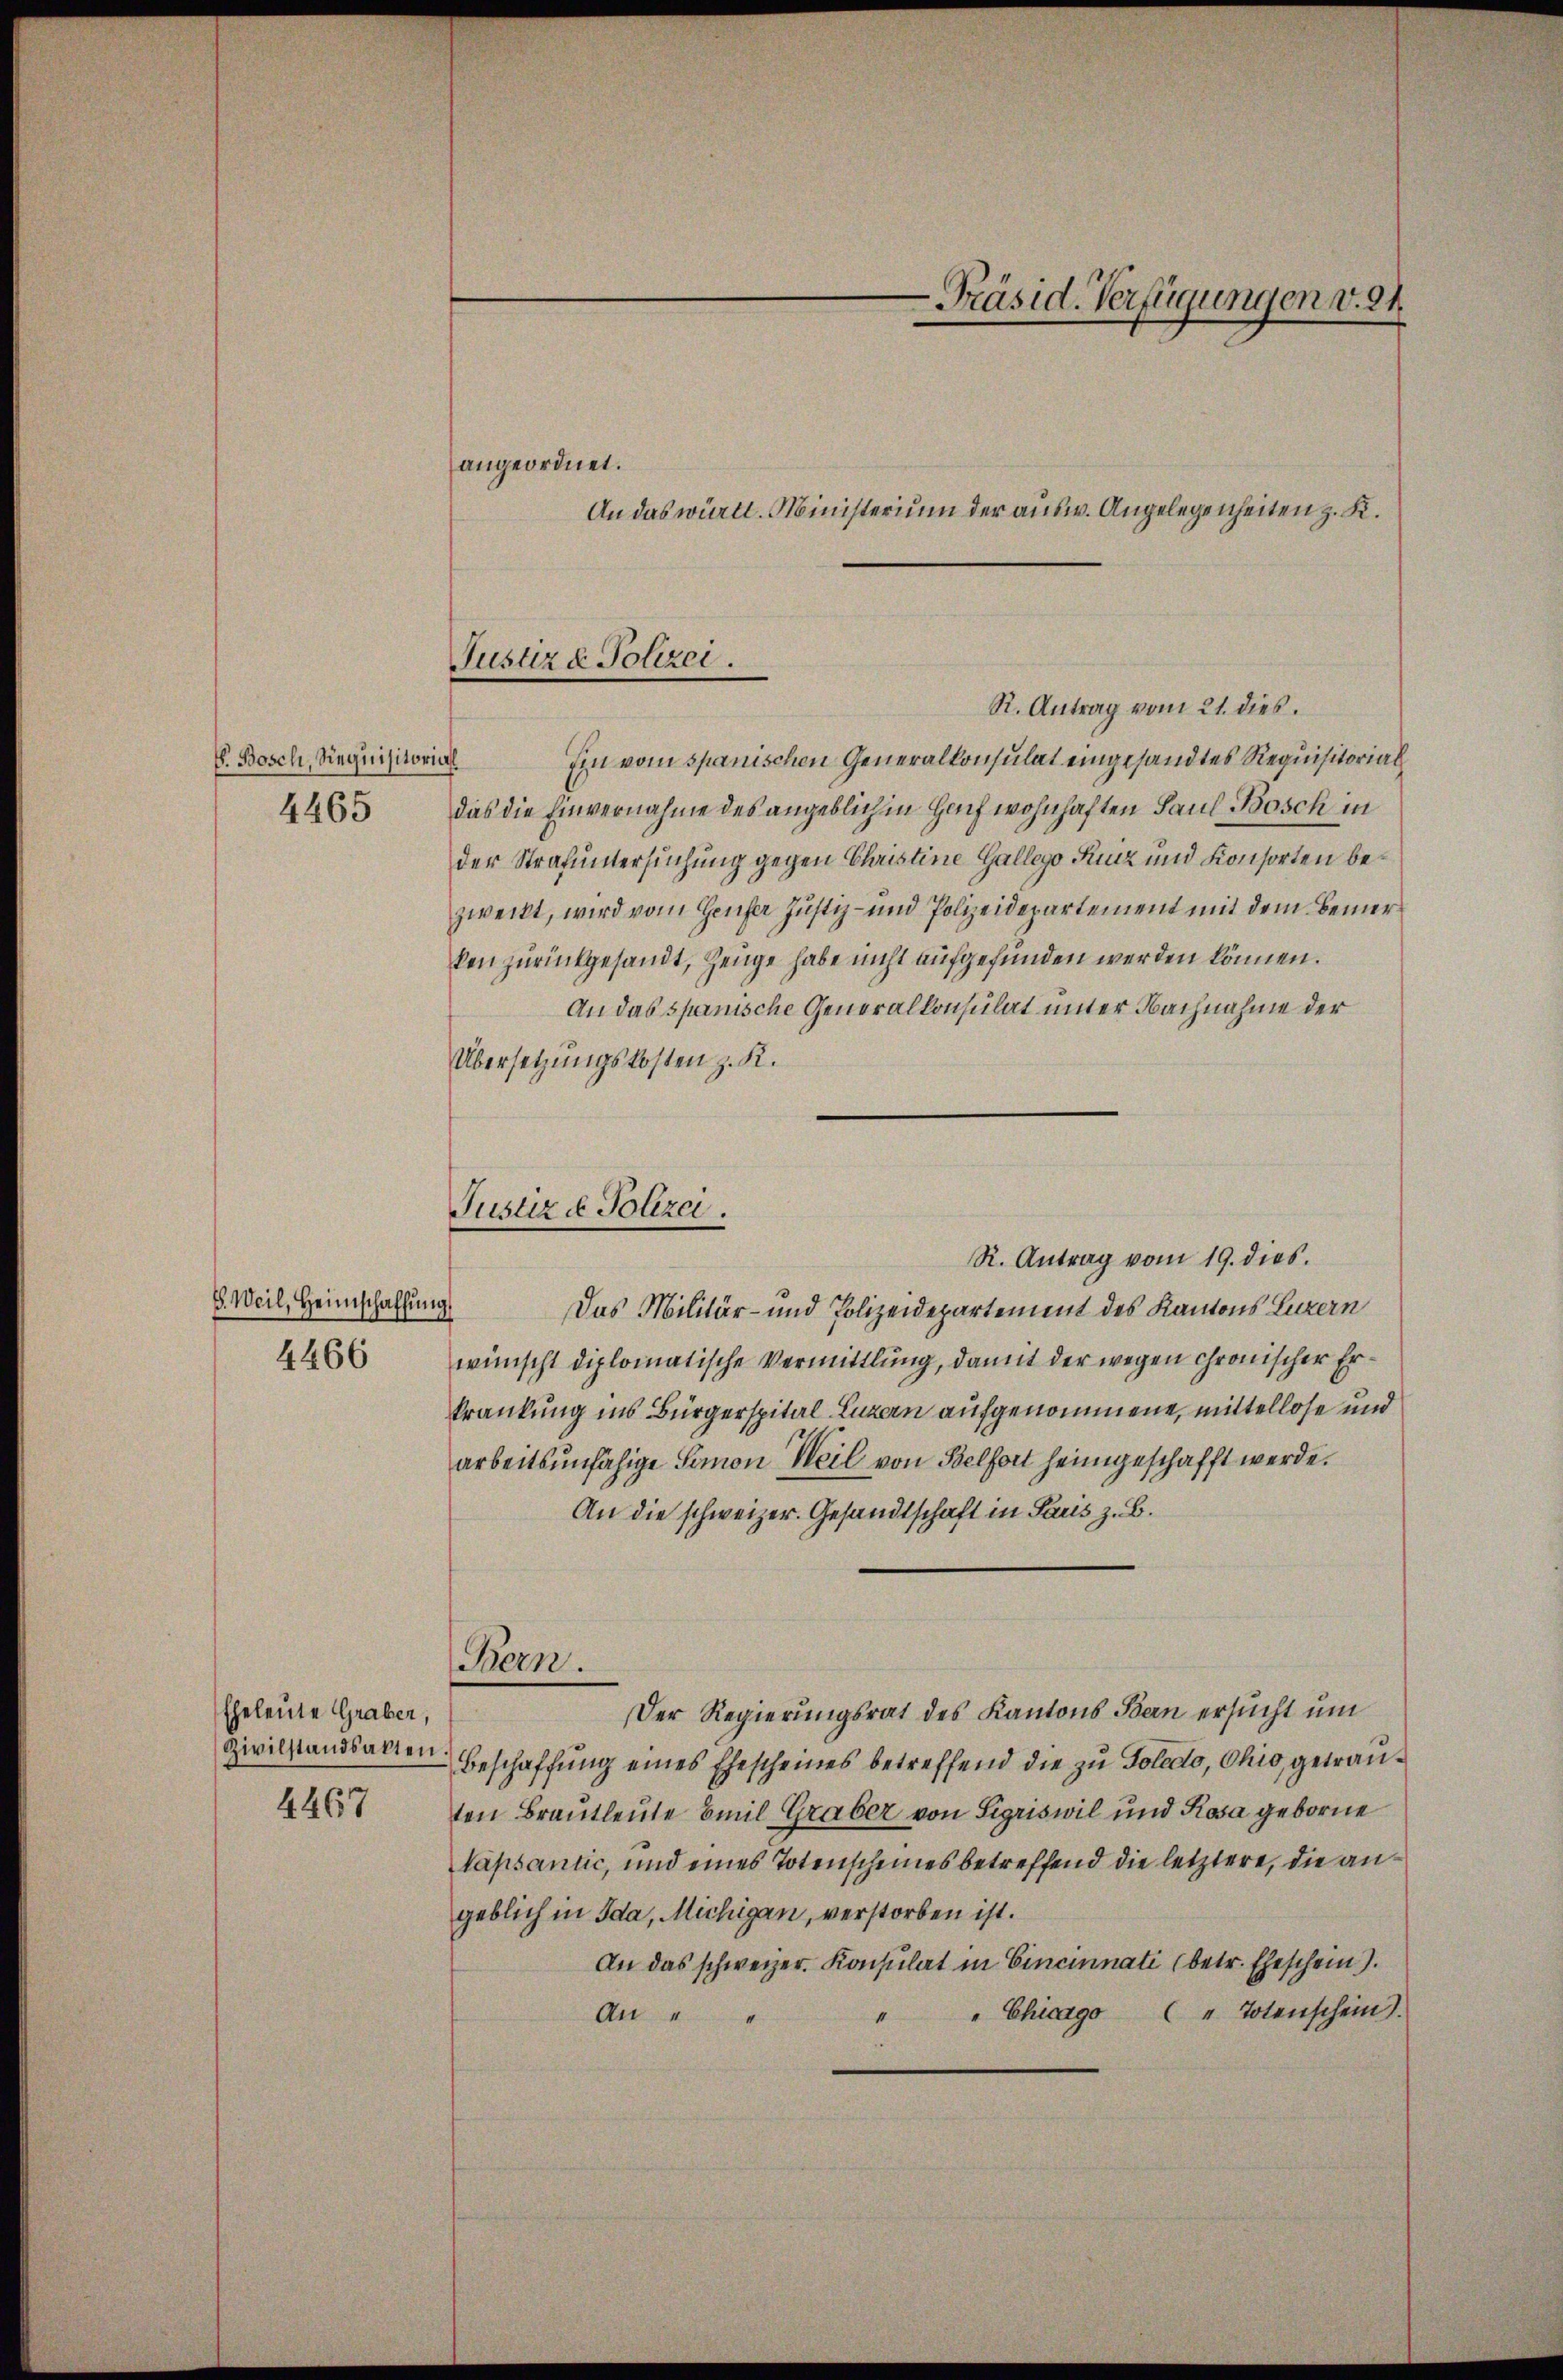
E. Bosch, Siequisitorial
4465

8. Weil, Heimschaffun
4466

Eheleute Graber,
Zivilstandsakten
4467

An das württ. Ministerium der ausw. Angelegenheiten z. K.

Justiz & Polizei.

Justiz & Polizei.
R. Antrag vom 19. dies.

R. Antrag vom 21. dies.
Ein vom spanischen Generalkonsulat eingesandtes Requisitorial
das die Einvernahme des angeblichen Hoch wohnhaften Paul Bosch in
der Strafuntersuchung gegen Christine Gallego Kunz und Konsorten bezweckt, wird vom Genfer Justiz- und Polizeidepartement mit dem Bemerken zurückgesandt, Zeuge habe nicht aufgefunden werden können.
An das spanische Generalkonsulat unter Nachnahme der
Übersetzungskosten z. K.
29
Das Militär- und Polizeidepartement des Kantons Luzern
wünscht diplomatische Vermittlung, damit der wegen chronischer Erkrankung ins Bürgerspital-Luzern aufgenommene, mittellose und
arbeitsunfähige Samon Weil von Belfort heimgeschafft werde.
An die schweizer. Gesandtschaft in Paris z. B.
Bern.
Der Regierungsrat des Kantons Bern ersucht um
Beschaffung eines Ehescheines betreffend die zu Toledo, Ohio, getrauten Brautleute Emil Graber von Sigriswil und Rosa geborne
Napsantic, und eines Totenscheines betreffend die letztere, die angeblich in Ida, Michigan, verstorben ist.
An das schweizer. Konsulat in Cincinnati (betr. Eheschein).
" Chicago (" Totenschein).
An " "
1

angeordnet.

-Präsid. Verfügungen v. 24